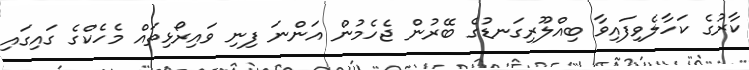
ކާރުގެ ކަހާލެވިފައިވާ ބިއްލޫރިގަނޑުގެ ބޭރުން ޖެހެމުން އަންނަ ފިނި ވައިރޯޅިތައް މެހެކްގެ ގައިގައި